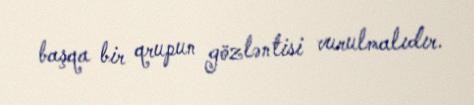
başqa bir qrupun gözləntisi vurulmalıdır.